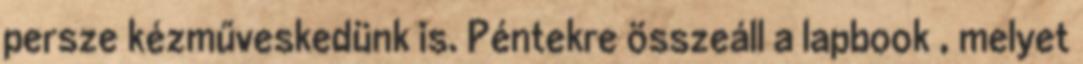
persze kézműveskedünk is. Péntekre összeáll a lapbook , melyet